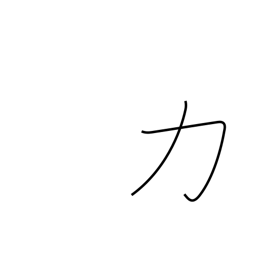
Meaning: bear up